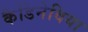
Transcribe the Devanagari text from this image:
कैडिनेविया